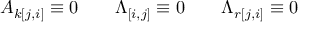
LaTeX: A _ { k [ j , i ] } \equiv 0 \qquad \Lambda _ { [ i , j ] } \equiv 0 \qquad \Lambda _ { r [ j , i ] } \equiv 0